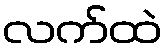
လက်ထဲ